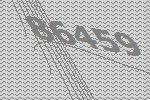
86459